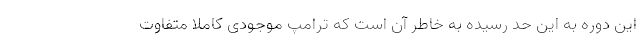
این دوره به این حد رسیده به خاطر آن است که ترامپ موجودی کاملا متفاوت